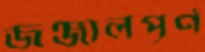
জঞ্জালপূর্ণ